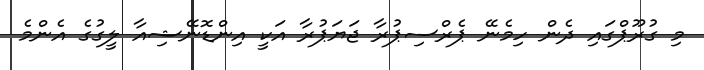
މި ގުރޫޕްގައި ދެން ހިމެނޭ ޕެރްސިޕުރާ ޖަޔަޕުރާ އަކީ އިންޑޮނޭޝިއާ ލީގުގެ އެންމެ